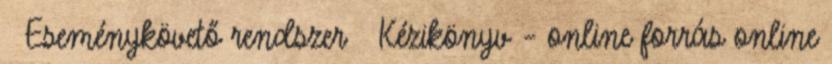
 Eseménykövető rendszer  Kézikönyv – online forrás online